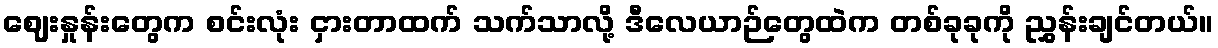
ဈေးနှုန်းတွေက စင်းလုံး ငှားတာထက် သက်သာလို့ ဒီလေယာဉ်တွေထဲက တစ်ခုခုကို ညွှန်းချင်တယ်။